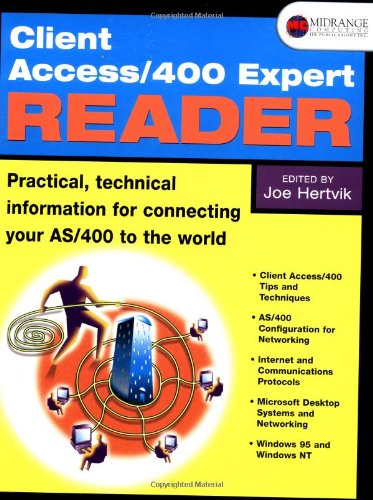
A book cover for Client Access/400 Expert Reader; Joe Hertvik; Computers & Technology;